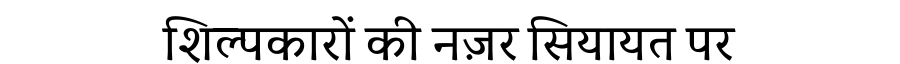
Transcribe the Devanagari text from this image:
शिल्पकारों की नज़र सियायत पर